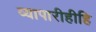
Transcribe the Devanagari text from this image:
व्यापारीहीहि